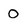
Character: o